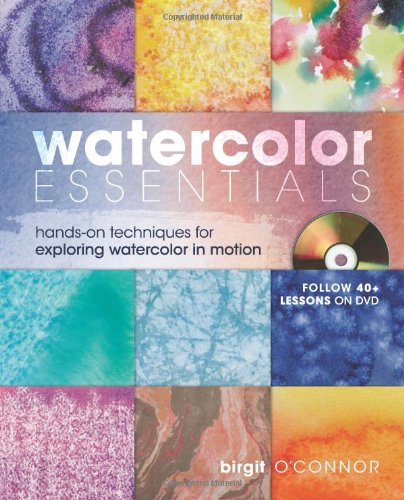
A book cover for Watercolor Essentials: Hands-On Techniques for Exploring Watercolor In Motion; Birgit O'Connor; Arts & Photography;